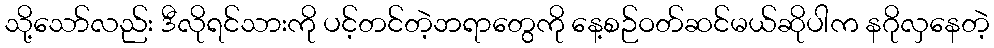
သို့သော်လည်း ဒီလိုရင်သားကို ပင့်တင်တဲ့ဘရာတွေကို နေ့စဉ်ဝတ်ဆင်မယ်ဆိုပါက နဂိုလှနေတဲ့